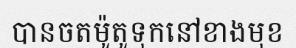
បានចតម៉ូតូទុកនៅខាងមុខ